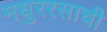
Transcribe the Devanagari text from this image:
मधुररसाची